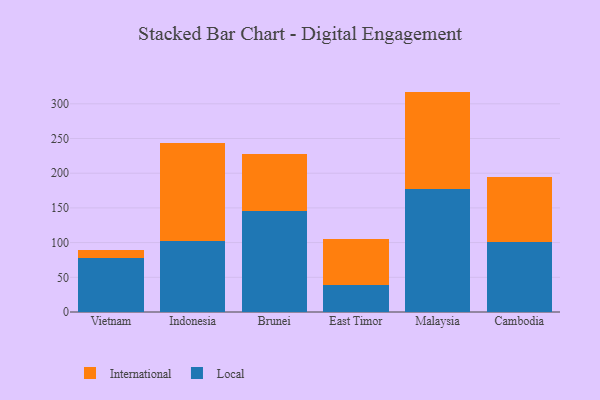
{"axis": {"x": "Country", "y": "Revenue (USD Million)"}, "legend": ["International", "Local"], "data": [{"x": "Vietnam", "y": 78.5, "type": "Local"}, {"x": "Vietnam", "y": 11.0, "type": "International"}, {"x": "Indonesia", "y": 102.5, "type": "Local"}, {"x": "Indonesia", "y": 141.0, "type": "International"}, {"x": "Brunei", "y": 145.9, "type": "Local"}, {"x": "Brunei", "y": 81.1, "type": "International"}, {"x": "East Timor", "y": 38.3, "type": "Local"}, {"x": "East Timor", "y": 67.6, "type": "International"}, {"x": "Malaysia", "y": 177.5, "type": "Local"}, {"x": "Malaysia", "y": 140.1, "type": "International"}, {"x": "Cambodia", "y": 100.5, "type": "Local"}, {"x": "Cambodia", "y": 94.6, "type": "International"}]}